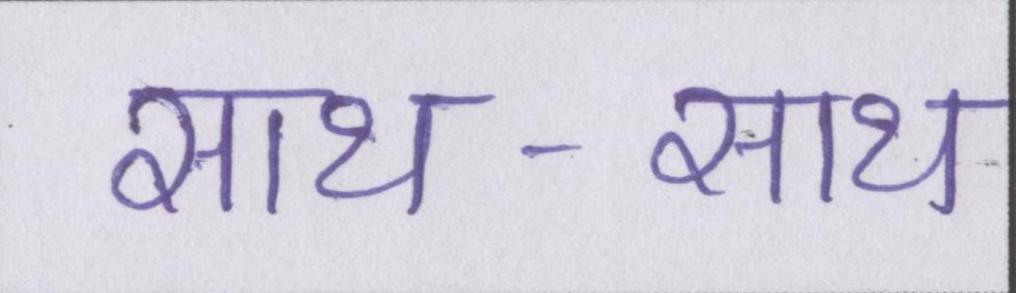
साथ-साथ